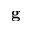
\mathbf { g }